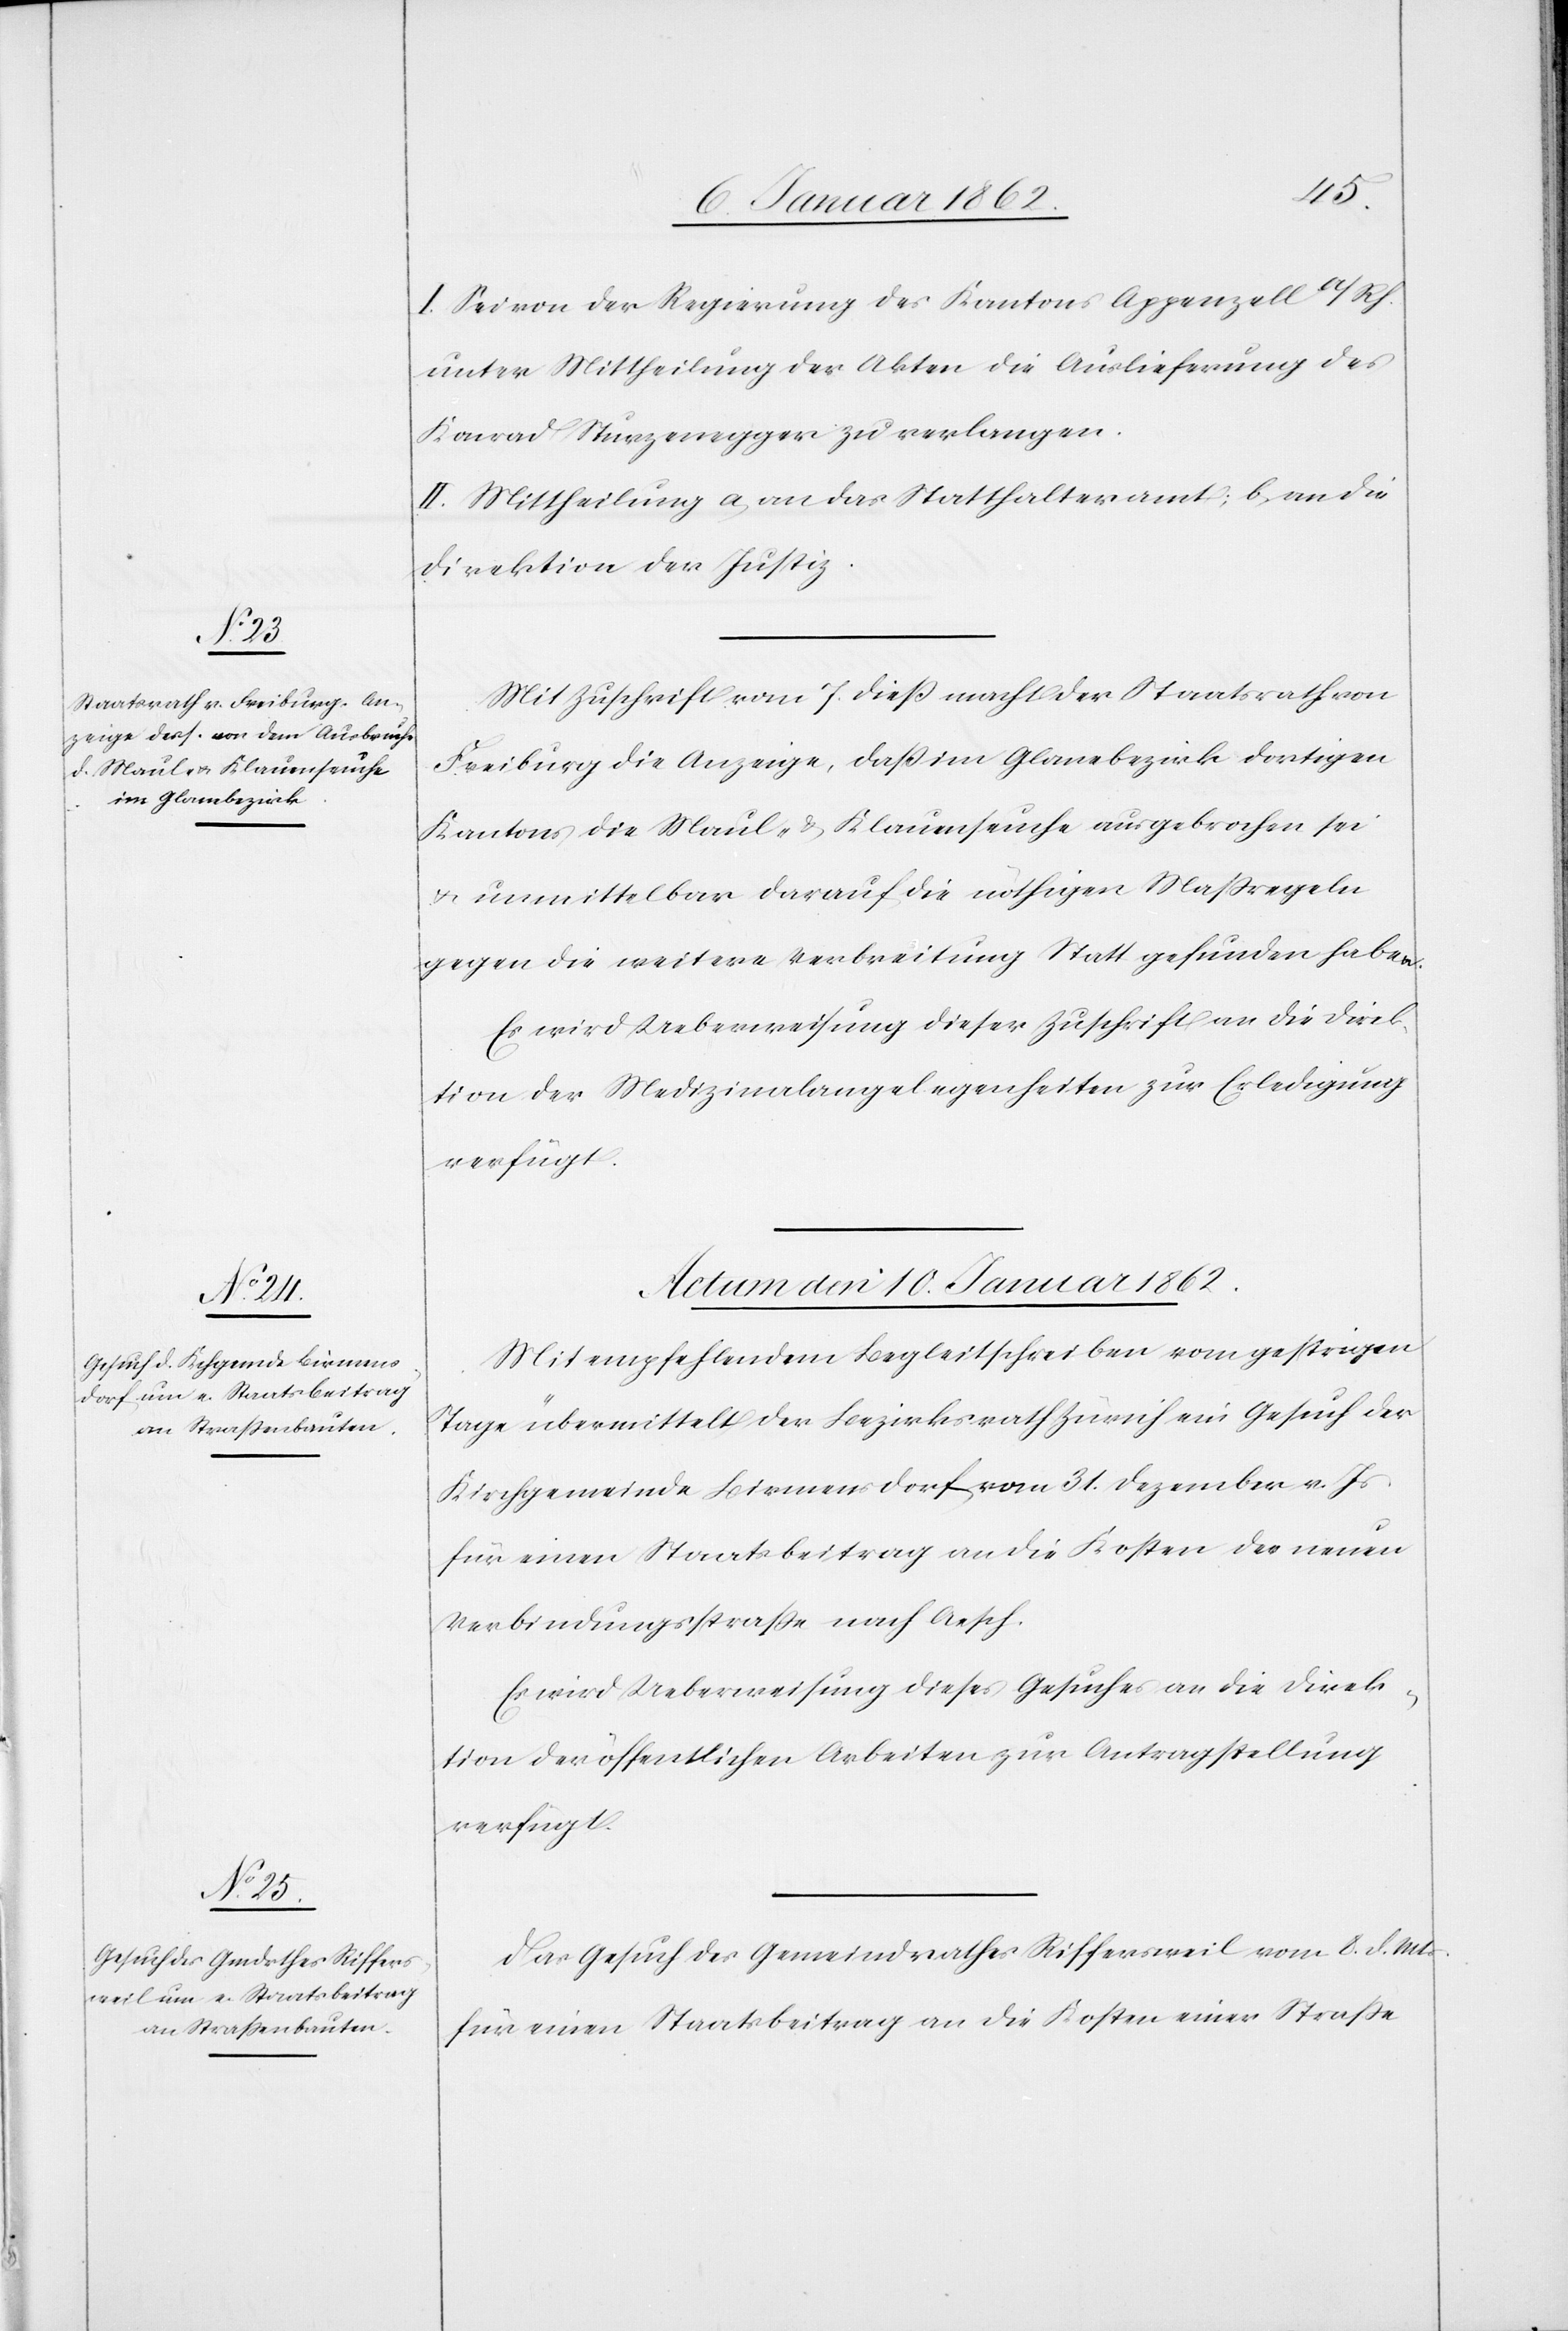
I. Sei von der Regierung des Kantons Appenzell a/Rh.
unter Mittheilung der Akten die Auslieferung des
Konrad Sturzenegger zu verlangen.
II. Mittheilung a, an das Statthalteramt; b, an die
Direktion der Justiz.
Mit Zuschrift vom 7. dieß macht der Staatsrath von
Freiburg die Anzeige, daß im Glanebezirk dortigen
Kantons die Maul- u. Klauenseuche ausgebrochen sei
u. unmittelbar darauf die nöthigen Maßregeln
gegen die weitere Verbreitung Statt gefunden haben.
Es wird Ueberweisung dieser Zuschrift an die Direk¬
tion der Medizinalangelegenheiten zur Erledigung
verfügt.
Actum den 10. Januar 1862.]
Mit empfehlendem Begleitschreiben vom gestrigen
Tage übermittelt der Bezirksrath Zürich ein Gesuch der
Kirchgemeinde Birmensdorf vom 31. Dezember v. Js.
für einen Staatsbeitrag an die Kosten der neuen
Verbindungsstraße nach Aesch.
Es wird Ueberweisung dieses Gesuches an die Direk¬
tion der öffentlichen Arbeiten zur Antragstellung
verfügt.
Das Gesuch des Gemeindrathes Riffersweil vom 8. d. Mts.
für einen Staatsbeitrag an die Kosten einer Straße